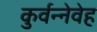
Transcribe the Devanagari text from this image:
कुर्वन्नेवेह